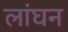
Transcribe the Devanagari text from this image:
लांघन